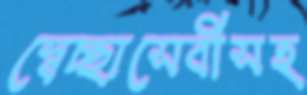
স্বেচ্ছাসেবীসহ